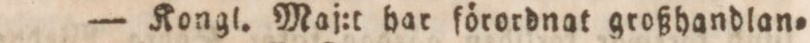
— Kongl. Maj:t har förordnat großhandlan=